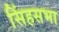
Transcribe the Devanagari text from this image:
सिंहसभा